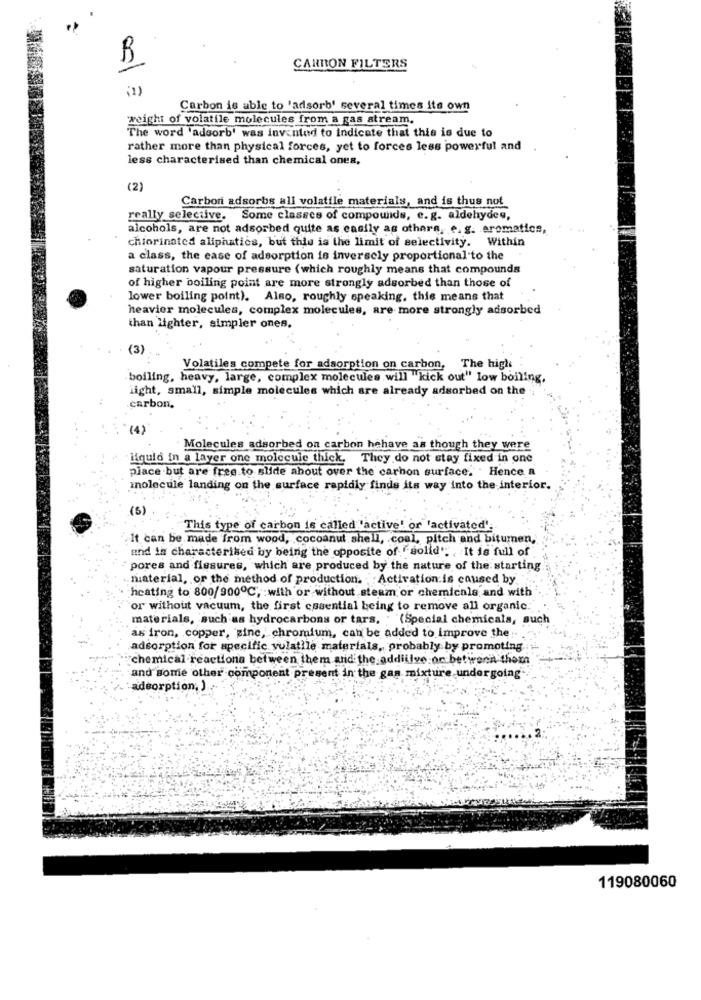
150
CARBON FILTERS
Carbon is able to 'adsorb' several times its own
weight of volatile molecules from a gas stream,
The word 'adsorb' was invented to indicate that this is due to
rather more than physical forces, yet to forces less powerful and
less characterised than chemical ones,
(2)
Carboni adsorbs all volatile materials, and is thus not
really selective. Some classes of compounds, e. g. aldehydes,
alcohols, are not adsorbed quite as easily as others, e. g. aromatics,
chiorinated aliphatics, but this is the limit of selectivity. Within
a class, the ease of adsorption is inversely proportional to the
saturation vapour pressure ( which roughly means that compounds
of higher boiling point are more strongly adsorbed than those of
lower boiling point). Also, roughly speaking. this means that
heavier molecules, complex molecules, are more strongly adsorbed
than lighter, simpler ones.
(3)
Volatiles compete for adsorption on carbon, The high
boiling, heavy, large, complex molecules will "kick out" low boiling,
light, small, simple molecules which are already adsorbed on the
carbon.
(4)
Molecules adsorbed on carbon hehave as though they were
liquid in a layer one molecule thick. They do not stay fixed in one
place but are free to slide about over the carbon surface, . Hence a
inolecule landing on the surface rapidly finds its way into the interior.
(5)
This type of carbon is called "active' or 'activated'
It can be made from wood, cocoanut shell, coal, pitch and bitumen,'
und in characterised by being the opposite of solid" :, It is full of
pores and fissures, which are produced by the nature of the starting
niaterial, or the method of production. Activation is caused by
heating to 800/900℃, with or without steam or chemicals and with
or without vacuum, the first essential being to remove all organic.
materials, such as hydrocarbons or tars, (Special chemicals, such
as iron, copper, zinc, chromium, can be added to Improve the ...
adsorption for specific volatile materials, probably by promoting.
chemical reactiona between them and the addiilve or betwenn them
and some other component present in the gas mixture undergoing"
:adsorption; )
119080060